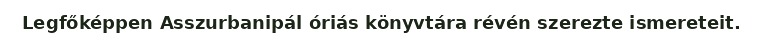
Legfőképpen Asszurbanipál óriás könyvtára révén szerezte ismereteit.